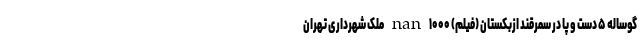
گوساله ۵ دست و پا در سمرقند ازبکستان (فیلم) nan ۱۰۰۰ ملک شهرداری تهران